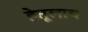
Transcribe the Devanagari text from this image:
हेतूलाच